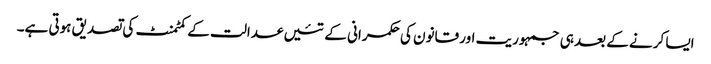
ایسا کرنے کے بعد ہی جمہوریت اور قانون کی حکمرانی کے تئیں عدالت کے کمٹمنٹ کی تصدیق ہوتی ہے۔